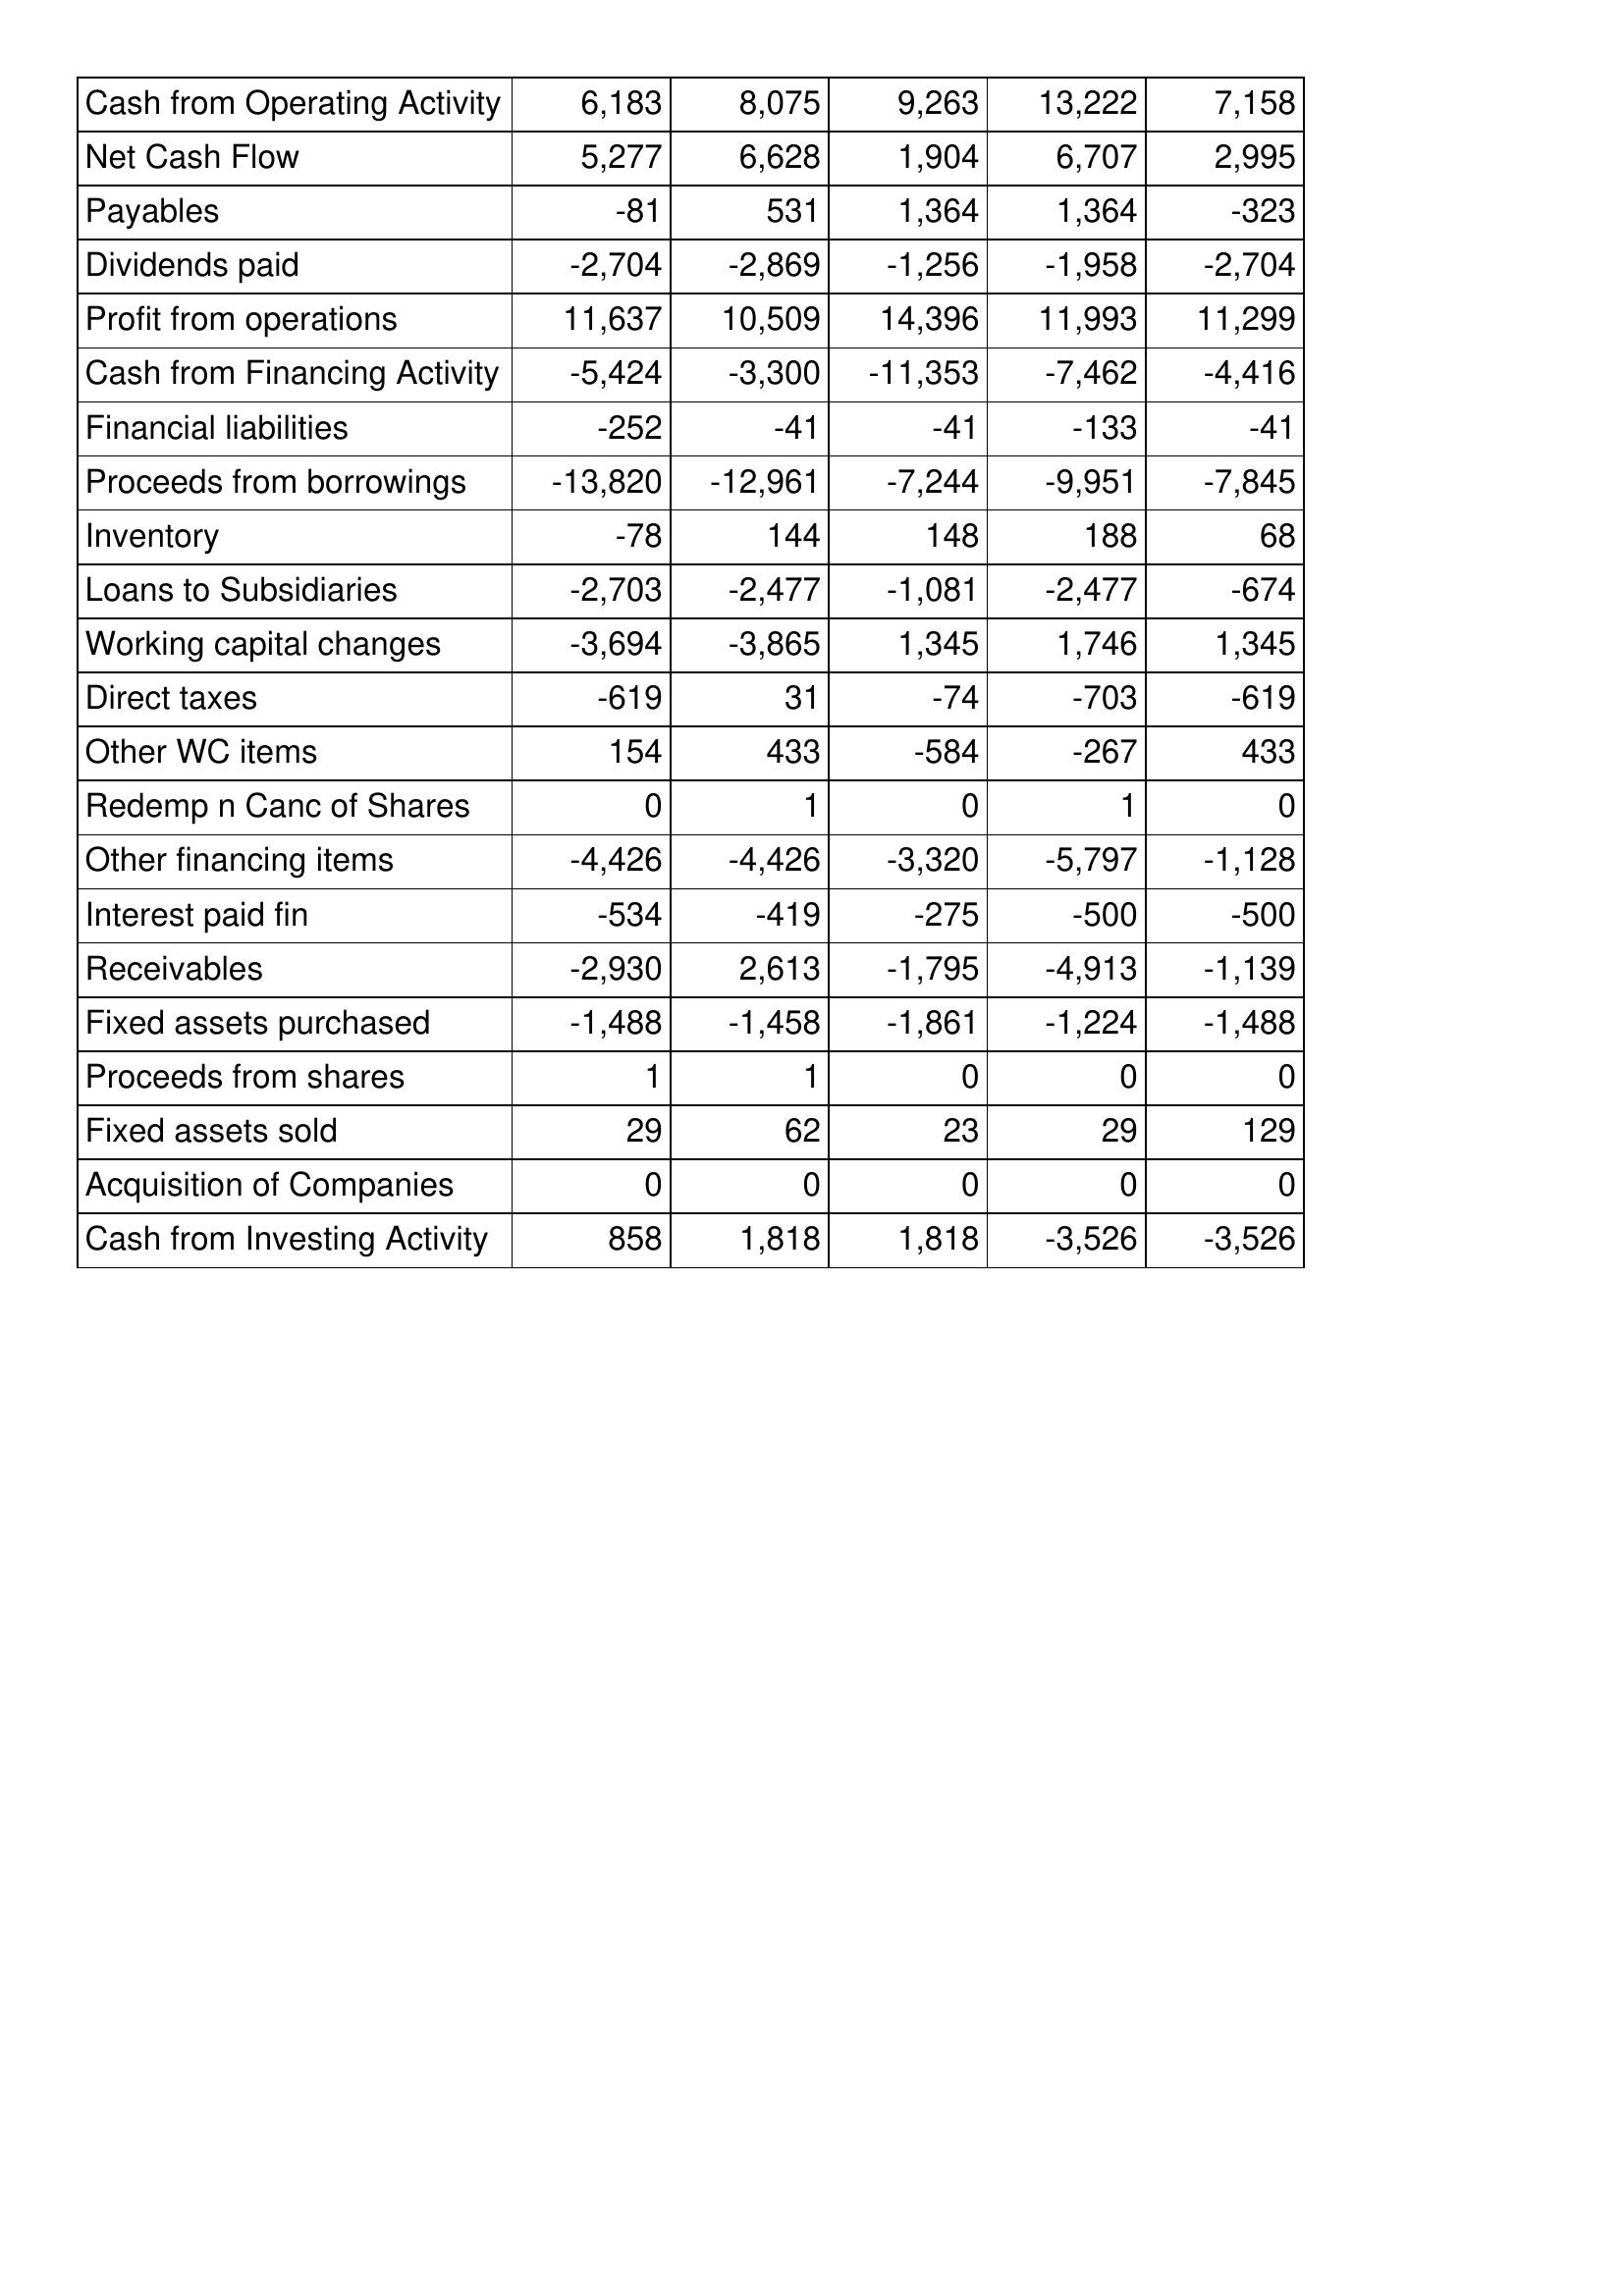
Aug-10: Cash Flows: Cash from Operating Activity: 6,183
Net Cash Flow: 5,277
Payables: -81
Dividends paid: -2,704
Profit from operations: 11,637
Cash from Financing Activity: -5,424
Financial liabilities: -252
Proceeds from borrowings: -13,820
Inventory: -78
Loans to Subsidiaries: -2,703
Working capital changes: -3,694
Direct taxes: -619
Other WC items: 154
Redemp n Canc of Shares: 0
Other financing items: -4,426
Interest paid fin: -534
Receivables: -2,930
Fixed assets purchased: -1,488
Proceeds from shares: 1
Fixed assets sold: 29
Acquisition of Companies: 0
Cash from Investing Activity: 858
Aug-09: Cash Flows: Cash from Operating Activity: 8,075
Net Cash Flow: 6,628
Payables: 531
Dividends paid: -2,869
Profit from operations: 10,509
Cash from Financing Activity: -3,300
Financial liabilities: -41
Proceeds from borrowings: -12,961
Inventory: 144
Loans to Subsidiaries: -2,477
Working capital changes: -3,865
Direct taxes: 31
Other WC items: 433
Redemp n Canc of Shares: 1
Other financing items: -4,426
Interest paid fin: -419
Receivables: 2,613
Fixed assets purchased: -1,458
Proceeds from shares: 1
Fixed assets sold: 62
Acquisition of Companies: 0
Cash from Investing Activity: 1,818
Aug-08: Cash Flows: Cash from Operating Activity: 9,263
Net Cash Flow: 1,904
Payables: 1,364
Dividends paid: -1,256
Profit from operations: 14,396
Cash from Financing Activity: -11,353
Financial liabilities: -41
Proceeds from borrowings: -7,244
Inventory: 148
Loans to Subsidiaries: -1,081
Working capital changes: 1,345
Direct taxes: -74
Other WC items: -584
Redemp n Canc of Shares: 0
Other financing items: -3,320
Interest paid fin: -275
Receivables: -1,795
Fixed assets purchased: -1,861
Proceeds from shares: 0
Fixed assets sold: 23
Acquisition of Companies: 0
Cash from Investing Activity: 1,818
Aug-07: Cash Flows: Cash from Operating Activity: 13,222
Net Cash Flow: 6,707
Payables: 1,364
Dividends paid: -1,958
Profit from operations: 11,993
Cash from Financing Activity: -7,462
Financial liabilities: -133
Proceeds from borrowings: -9,951
Inventory: 188
Loans to Subsidiaries: -2,477
Working capital changes: 1,746
Direct taxes: -703
Other WC items: -267
Redemp n Canc of Shares: 1
Other financing items: -5,797
Interest paid fin: -500
Receivables: -4,913
Fixed assets purchased: -1,224
Proceeds from shares: 0
Fixed assets sold: 29
Acquisition of Companies: 0
Cash from Investing Activity: -3,526
Aug-06: Cash Flows: Cash from Operating Activity: 7,158
Net Cash Flow: 2,995
Payables: -323
Dividends paid: -2,704
Profit from operations: 11,299
Cash from Financing Activity: -4,416
Financial liabilities: -41
Proceeds from borrowings: -7,845
Inventory: 68
Loans to Subsidiaries: -674
Working capital changes: 1,345
Direct taxes: -619
Other WC items: 433
Redemp n Canc of Shares: 0
Other financing items: -1,128
Interest paid fin: -500
Receivables: -1,139
Fixed assets purchased: -1,488
Proceeds from shares: 0
Fixed assets sold: 129
Acquisition of Companies: 0
Cash from Investing Activity: -3,526